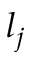
l _ { j }